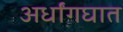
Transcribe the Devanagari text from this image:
अर्धांगघात